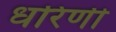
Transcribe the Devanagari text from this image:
धरिणी